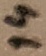
Text: 14